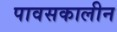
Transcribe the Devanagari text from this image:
पावसकालीन